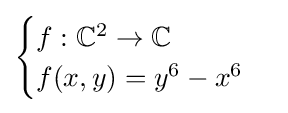
{\begin{cases}f:\mathbb {C} ^{2}\to \mathbb {C} \\f(x,y)=y^{6}-x^{6}\end{cases}}